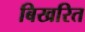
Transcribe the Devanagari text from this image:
बिखरित